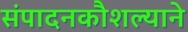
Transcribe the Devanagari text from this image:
संपादनकौशल्याने